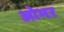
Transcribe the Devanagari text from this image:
ओभर